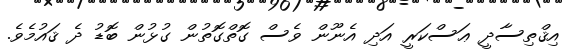
އިޤްތިސާދީ ޢަސްކަރީ އަދި އެނޫން ވެސް ގޮތްގޮތުން ގުޅުން ބޮޑު ދެ ޤައުމެވެ.